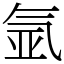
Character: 氩